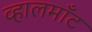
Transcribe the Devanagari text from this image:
व्हालमाँट